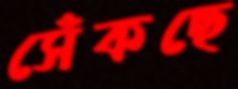
সেঁকছে